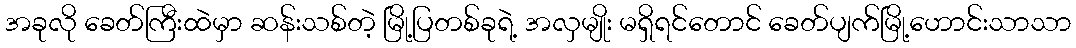
အခုလို ခေတ်ကြီးထဲမှာ ဆန်းသစ်တဲ့ မြို့ပြတစ်ခုရဲ့ အလှမျိုး မရှိရင်တောင် ခေတ်ပျက်မြို့ဟောင်းသာသာ